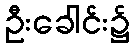
ဦးခေါင်း၌